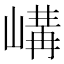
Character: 𡻉